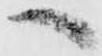
へ